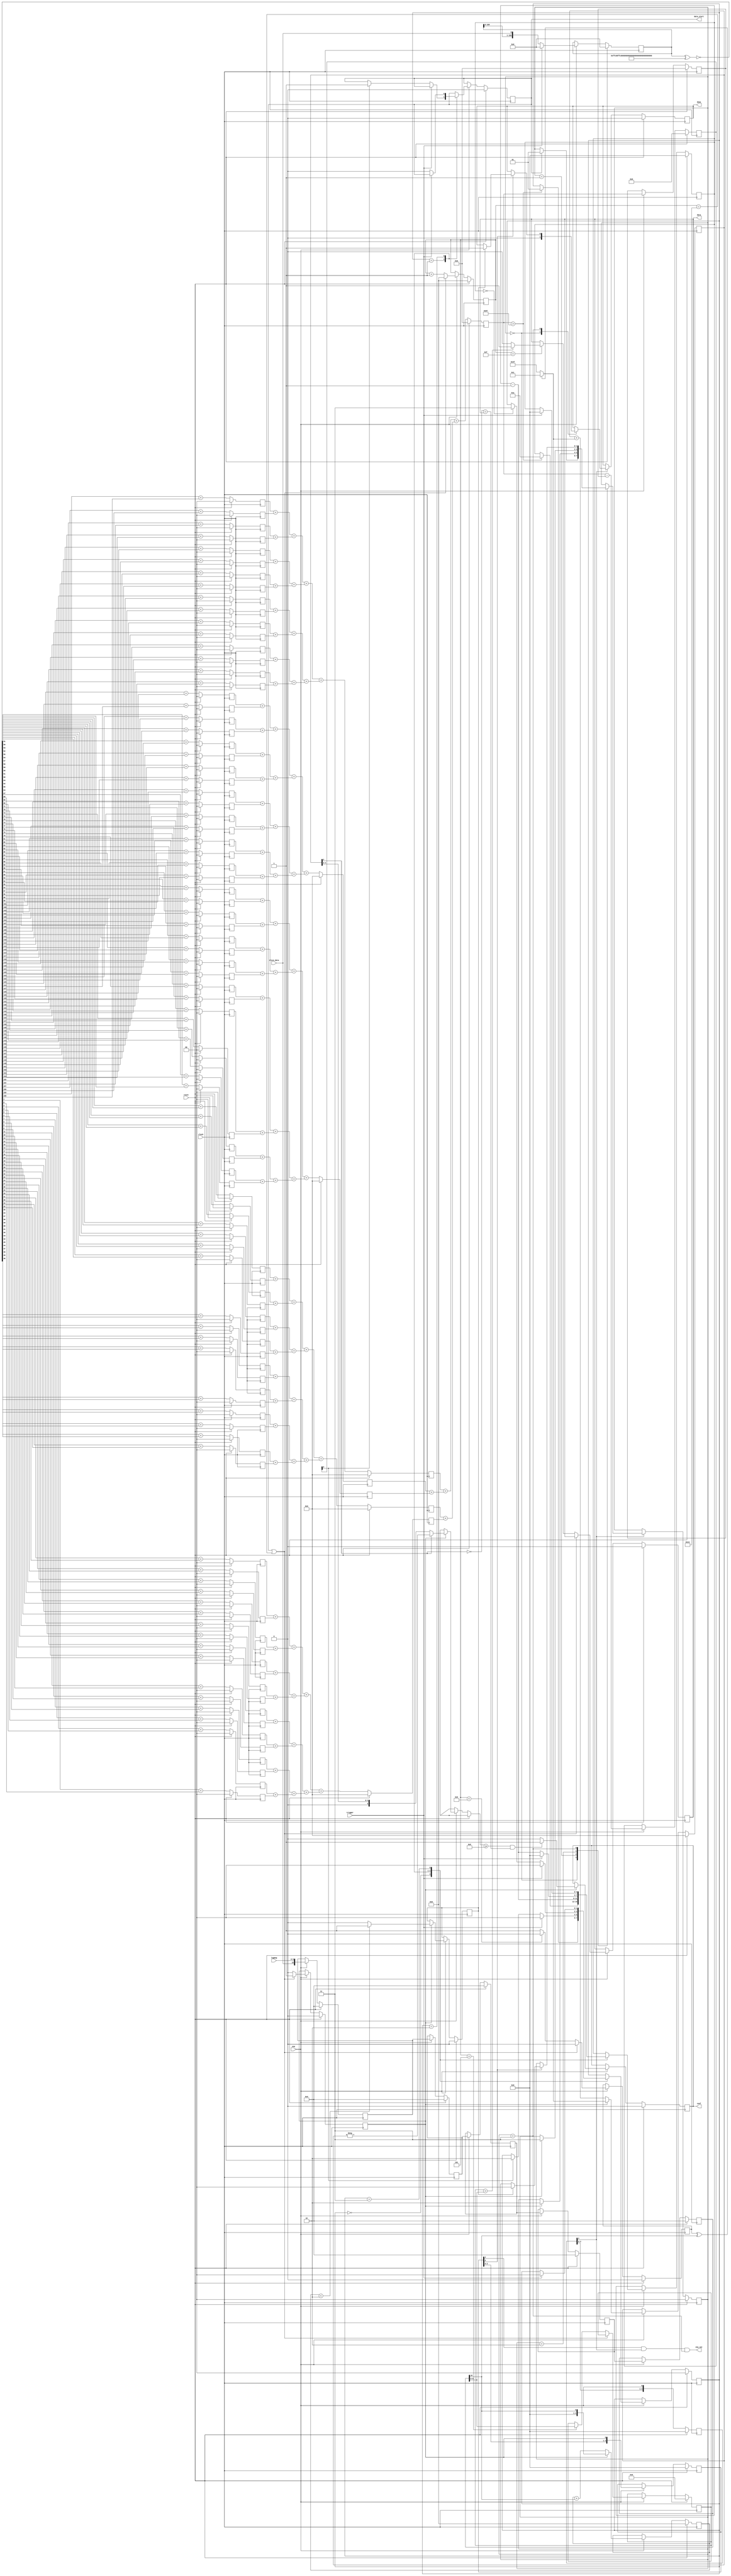
// ppm_demod.v - ppm demodulator for ads-b receiver
// 8-2-14 E. Brombaugh

module ppm_demod
	#(
		parameter width = 10
	)
	(
		input clock,						// main system clock
		input reset,						// main system reset
		input ena,							// enable input
		input [width-1:0] logmag,			// log magnitude data input
		input trigger,						// trigger input
		input slice_data,					// sliced data input
		output data_start,					// data start output
		output ena_out,						// bitrate enable output
		output data,						// bit data output
		output conf,						// confidence output
		output done							// frame done output
	);
	
	parameter CORR_THRESH = 135;
	parameter PIPE_LENGTH = 5;
	parameter OVERSAMPLE = 10;
	parameter Smpl1Time = OVERSAMPLE/2;
	parameter Smpl0Time = OVERSAMPLE + Smpl1Time;
	parameter BIT_THRESH = 8; // round up 3*20/8 for conf from DO-260
	
	// function to compute absolute value
	function [5:0] absolute (input signed [5:0] in);
		begin
			if(in[5])
				absolute = -in;
			else
				absolute = in;
		end
	endfunction
	
	// Correlation reference is a constant
	parameter [15:0] Preamble = 16'b1010000101000000;
	wire [159:0] corr_ref;
	generate
		genvar gN;
		for(gN=0;gN<16;gN=gN+1)
		begin:vec_repl_blk
			assign corr_ref[(OVERSAMPLE-1)+gN*10:gN*OVERSAMPLE] = {OVERSAMPLE{Preamble[gN]}};
		end
	endgenerate
		
	// correlator pipeline
	reg [159:0] corr_pipe;
	always @(posedge clock)
		if(reset)
			corr_pipe <= {160{1'b0}};
		else if(ena)
		begin
			if(trigger)
				corr_pipe <= {160{1'b0}};
			else
				corr_pipe <= {corr_pipe[158:0],slice_data};
		end
	
	// correlate
	wire [159:0] corr_bits = ~(corr_pipe ^ corr_ref);
	
	// sum up the correlation bits
	// first rank & register
	reg [1:0] corr_sum1[79:0];
	generate
		genvar gO;
		for(gO=0;gO<80;gO=gO+1)
		begin:corr_sum1_blk
			always @(posedge clock)
				if(reset)
					corr_sum1[gO] <= 2'b0;
				else 
					corr_sum1[gO] <= {1'b0,corr_bits[1+2*gO]} + {1'b0,corr_bits[2*gO]};
		end
	endgenerate
		
	// second rank
	wire [2:0] corr_sum2[39:0];
	generate
		genvar gP;
		for(gP=0;gP<40;gP=gP+1)
		begin:corr_sum2_blk
			assign corr_sum2[gP] = {1'b0,corr_sum1[1+2*gP]} + {1'b0,corr_sum1[2*gP]};
		end
	endgenerate
	
	// third rank
	wire [3:0] corr_sum3[19:0];
	generate
		genvar gQ;
		for(gQ=0;gQ<20;gQ=gQ+1)
		begin:corr_sum3_blk
			assign corr_sum3[gQ] = {1'b0,corr_sum2[1+2*gQ]} + {1'b0,corr_sum2[2*gQ]};
		end
	endgenerate
	
	// fourth rank
	wire [4:0] corr_sum4[9:0];
	generate
		genvar gR;
		for(gR=0;gR<10;gR=gR+1)
		begin:corr_sum4_blk
			assign corr_sum4[gR] = {1'b0,corr_sum3[1+2*gR]} + {1'b0,corr_sum3[2*gR]};
		end
	endgenerate
	
	// fifth rank & register
	reg [5:0] corr_sum5[4:0];
	generate
		genvar gS;
		for(gS=0;gS<5;gS=gS+1)
		begin:corr_sum5_blk
			always @(posedge clock)
				if(reset)
					corr_sum5[gS] <= 6'd0;
				else	
					corr_sum5[gS] <= {1'b0,corr_sum4[1+2*gS]} + {1'b0,corr_sum4[2*gS]};
		end
	endgenerate
		
	// sixth rank
	wire [6:0] corr_sum6[2:0];
	generate
		genvar gT;
		for(gT=0;gT<2;gT=gT+1)
		begin:corr_sum6_blk
			assign corr_sum6[gT] = {1'b0,corr_sum5[1+2*gT]} + {1'b0,corr_sum5[2*gT]};
		end
		assign corr_sum6[2] = {1'b0,corr_sum5[4]};
	endgenerate
	
	// Seventh / Last rank & register
	reg [7:0] corr_val, corr_val_d;
	reg signed [8:0] corr_slope;
	always @(posedge clock)
		if(reset)
		begin
			corr_val <= 8'd0;
			corr_val_d <= 8'd0;
			corr_slope <= 9'd0;
		end
		else
		begin
			corr_val <= {1'b0,corr_sum6[2]} + {1'b0,corr_sum6[1]} + {1'b0,corr_sum6[0]};

			if(ena)
			begin
				corr_val_d <= corr_val;
				corr_slope <= $signed({1'b0,corr_val})-$signed({1'b0,corr_val_d});
			end
		end

	// Peak detect
	reg [3:0] window_cnt;
	reg [1:0] corr_state;
	reg data_start_z;
	always @(posedge clock)
		if(reset)
		begin
			window_cnt <= 4'd0;
			corr_state <= 2'b00;
			data_start_z <= 1'b0;
		end
		else if(ena)
			case(corr_state)
				2'b00:
					if(corr_val > CORR_THRESH)
					begin
						window_cnt <= 4'd10;
						corr_state <= 2'b01;
					end
				
				2'b01:
					begin
						if(trigger)
						begin
							window_cnt <= 4'd0;
							corr_state <= 2'b00;
						end
						else if(corr_slope[8] == 1'b1)
						begin
							corr_state <= 2'b10;
							data_start_z <= 1'b1;
						end
						window_cnt <= window_cnt - 1;
					end
					
				2'b10:
					begin
						if(trigger)
						begin
							window_cnt <= 4'd0;
							corr_state <= 2'b00;
						end
						else 
						begin
							data_start_z <= 1'b0;
							if(window_cnt == 4'd0)
								corr_state <= 2'b11;
							window_cnt <= window_cnt - 1;
						end
					end
				
				2'b11:
					if(trigger)
					begin
						window_cnt <= 4'd0;
						corr_state <= 2'b00;
					end
				
				default:
					begin
						corr_state <= 2'b00;
						window_cnt <= 2'b00;
					end
			endcase
	assign data_start = data_start_z;
			
	// align inputs with start signal
	reg [width:0] delay_pipe[0:PIPE_LENGTH-1];
	wire slice_data_d;
	wire [width-1:0] logmag_d;
	always @(posedge clock)
		if(reset)
			delay_pipe[0] <= 11'd0;
		else if(ena)
			delay_pipe[0] <= {slice_data,logmag};
	generate
		genvar gU;
		for(gU=0;gU<PIPE_LENGTH-1;gU=gU+1)
		begin:delay_pipe_blk
			always @(posedge clock)
				if(reset)
					delay_pipe[gU+1] <= 11'd0;
				else if(ena)
					delay_pipe[gU+1] <= delay_pipe[gU];
		end
	endgenerate
	assign slice_data_d = delay_pipe[PIPE_LENGTH-1][width];
	assign logmag_d = delay_pipe[PIPE_LENGTH-1][width-1:0];
	
	// sample timer and bit decision
	reg [4:0] sample_timer;
	reg sample;
	reg [3:0] sample_d;
	reg id_sgn;
	reg [width-1:0] bit0, bit1;
	reg raw_bit;
	always @(posedge clock)
	begin
		if(reset)
		begin
			sample_timer <= 5'd0;
			sample <= 1'b0;
			sample_d <= 4'b0;
			id_sgn <= 1'b0;
			bit0 <= {width{1'b0}};
			bit1 <= {width{1'b0}};
			raw_bit <= 1'b0;
		end
		else if(ena)
		begin
			if((data_start) | (sample_timer == (2*OVERSAMPLE-1)))
			begin
				sample_timer <= 5'd0;
				sample <= 1'b1;
				id_sgn <= 1'b0;
			end
			else
			begin
				sample_timer <= sample_timer + 1;
				sample <= 1'b0;
				if (sample_timer == Smpl1Time)
					bit1 <= logmag_d;

				if (sample_timer < (OVERSAMPLE-1))
					id_sgn <= 1'b0;
				else
					id_sgn <= 1'b1;
				
				if (sample_timer == Smpl0Time)
				begin
					bit0 <= logmag_d;
					if (bit1 > logmag_d)
						raw_bit <= 1'b1;
					else
						raw_bit <= 1'b0;
				end
			end
			sample_d <= {sample_d[2:0],sample};
		end
	end
	
	// Integrator and confidence decision
	reg signed [5:0] sgn_bits;
	wire [4:0] unsgn_bits = {4'd0,slice_data_d};
	always @(id_sgn or slice_data_d)
		if(id_sgn ^ slice_data_d)
			sgn_bits <= $signed(6'd1);
		else
			sgn_bits <= $signed(6'd63);
		
	reg signed [5:0] accum;
	reg signed [5:0] int_dump;
	reg [4:0] energy;
	reg [4:0] nrg_hold;
	reg valid_bit;
	reg empty_bit;
	always @(posedge clock)
	begin
		if(reset)
		begin
			accum <= 6'd0;
			int_dump <= 6'd0;
			energy <= 5'd0;
			nrg_hold <= 5'd0;
			valid_bit <= 1'b0;
			empty_bit <= 1'b0;
		end
		else if(ena)
		begin
			if(sample)
			begin
				int_dump <= accum;
				accum <= sgn_bits;
				
				if((absolute(accum) >= BIT_THRESH) & (~accum[5] == raw_bit))
					valid_bit <= 1'b1;
				else
					valid_bit <= 1'b0;
				
				nrg_hold <= energy;
				energy <= unsgn_bits;
				
				if(energy < 2)
					empty_bit <= 1'b1;
				else
					empty_bit <= 1'b0;
			end
			else
			begin
				accum <= accum + sgn_bits;
				energy <= energy + unsgn_bits;
			end
		end
	end
	
	// enable pipeline
	reg [3:0] ena_pipe;
	always @(posedge clock)
		if(reset)
			ena_pipe <= 4'd0;
		else
			ena_pipe <= {ena_pipe[2:0],ena};

	// Packet state machine
	reg [1:0] pkt_state;
	reg done_z;
	always @(posedge clock)
	begin
		if(reset)
		begin
			pkt_state <= 2'b00;
			done_z <= 1'b0;
		end
		else if(ena_pipe[3])
			case(pkt_state)
				2'b00:
					begin
						done_z <= 1'b0;
						if(data_start)
							pkt_state <= 2'b01;
					end
					
				2'b01:
					if(sample)
						pkt_state <= 2'b10;
					
				2'b10:
					if(sample)
						pkt_state <= 2'b11;
					
				2'b11:
					if (sample_d[0])
						if (empty_bit)
						begin
							done_z <= 1'b1;
							pkt_state <= 2'b00;
						end
						
				default:
					pkt_state <= 2'b00;
			endcase
	end
		
	// Need timer machine to generate desense recover
	// 1) when done at end of valid packet
	// 2) when no correlation seen after 8us
	// 3) others?
	
	assign ena_out = (sample_d[2] & ena_pipe[3] & (pkt_state == 2'b11));
	assign data = raw_bit;
	assign conf = valid_bit;
	assign done = done_z;
endmodule